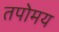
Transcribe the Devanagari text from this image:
तपोमय